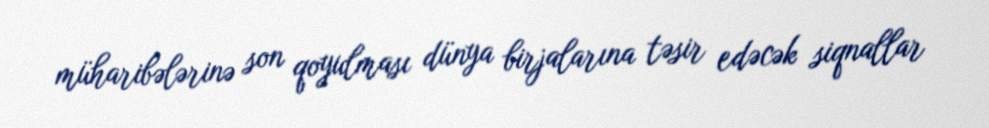
müharibələrinə son qoyulması dünya birjalarına təsir edəcək siqnallar